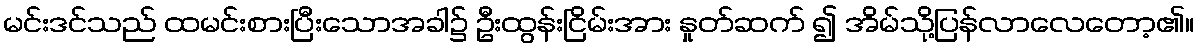
မင်းဒင်သည် ထမင်းစားပြီးသောအခါ၌ ဦးထွန်းငြိမ်းအား နှုတ်ဆက် ၍ အိမ်သို့ပြန်လာလေတော့၏။